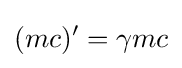
(mc)^{\prime }=\gamma mc